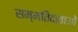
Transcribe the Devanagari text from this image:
सम्मतिदाताओं